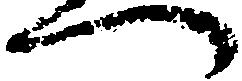
へ